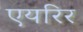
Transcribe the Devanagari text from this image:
एयरिर